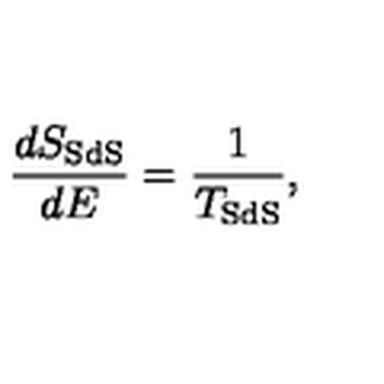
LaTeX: \frac { d S _ { \mathrm { S d S } } } { d E } = \frac { 1 } { T _ { \mathrm { S d S } } } ,